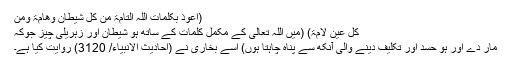
(اعوذ بکلمات اللہ التامۃ من کل شیطان وھامۃ ومن
کل عین لامۃ) (میں اللہ تعالی کے مکمل کلمات کے ساتھ ہو شیطان اور زہریلی چیز جوکہ
مار دے اور ہو حسد اور تکلیف دینے والی آنکھ سے پناہ چاہتا ہوں) اسے بخاری نے (احادیث الانبیاء/ 3120) روایت کیا ہے۔